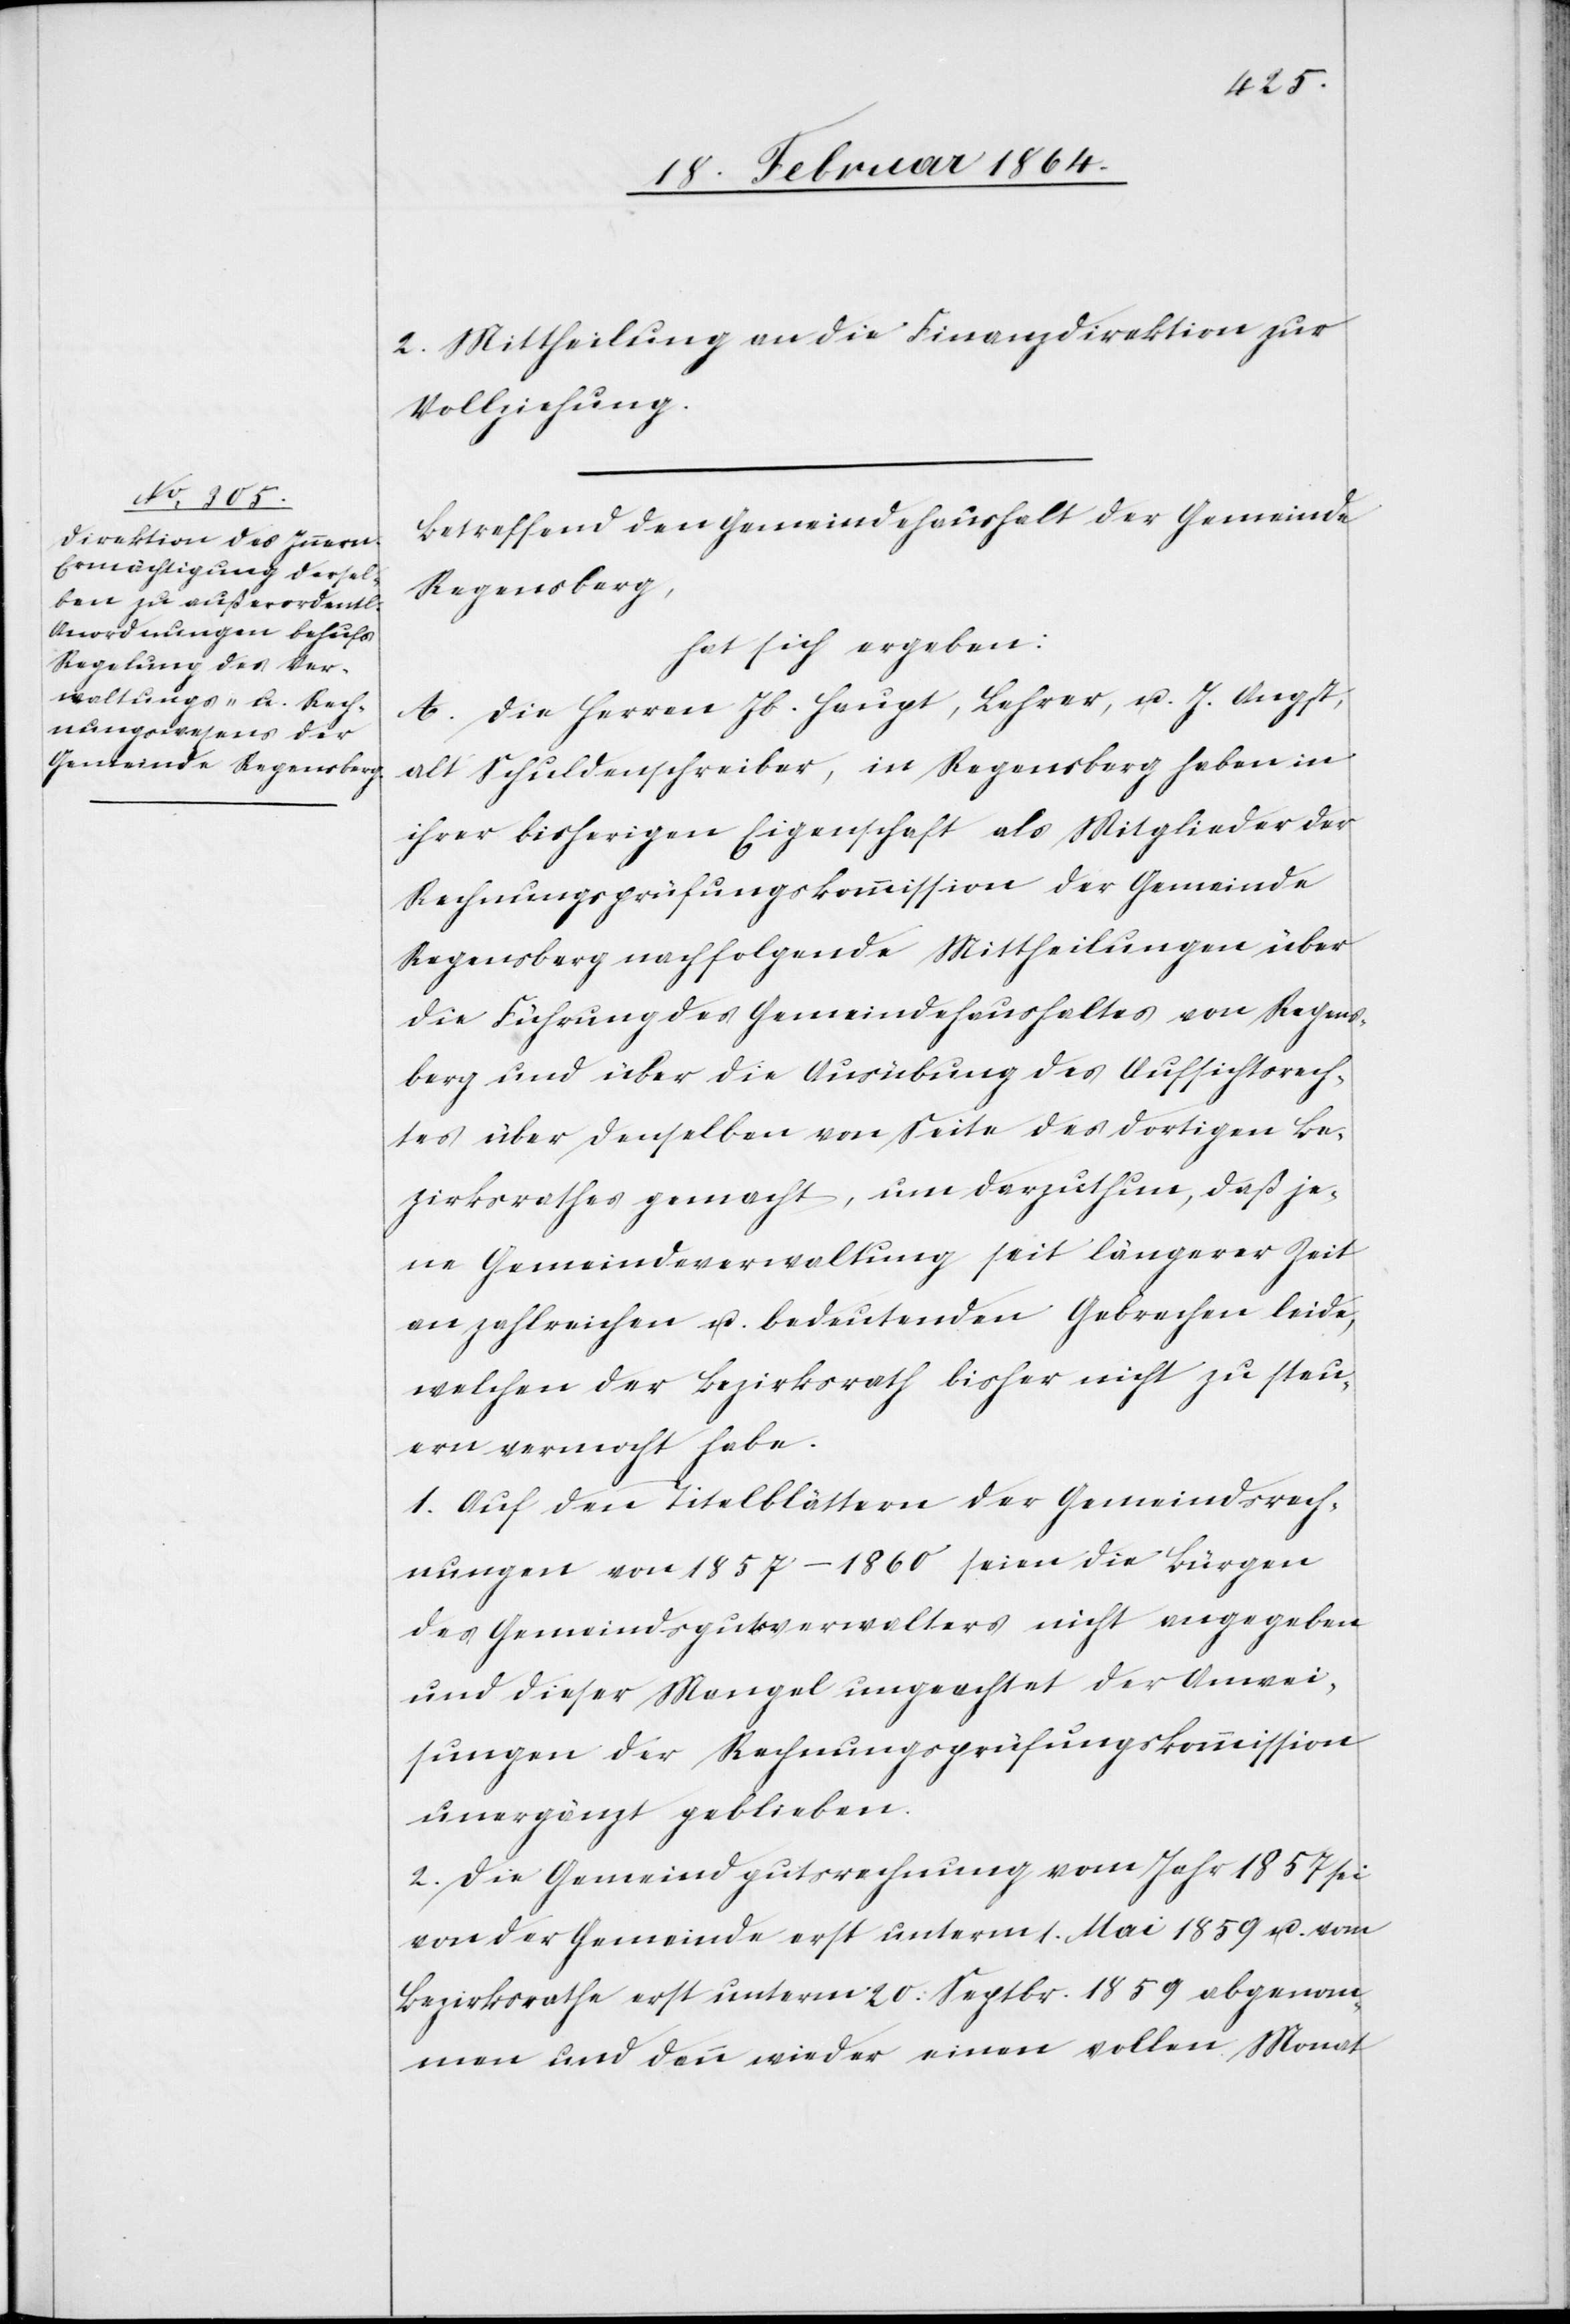
2. Mittheilung an die Finanzdirektion zur
Vollziehung.
Betreffend den Gemeindehaushalt der Gemeinde
Regensberg,
hat sich ergeben:
A. Die Herren Jb. Haupt, Lehrer, u. J. Angst,
alt Schuldenschreiber, in Regensberg haben in
ihrer bisherigen Eigenschaft als Mitglieder der
Rechnungsprüfungskommission der Gemeinde
Regensberg nachfolgende Mittheilungen über
die Führung des Gemeindehaushaltes von Regens¬
berg und über die Ausübung des Aufsichtsrech¬
tes über denselben von Seite des dortigen Be¬
zirksrathes gemacht, um darzuthun, daß je¬
ne Gemeindeverwaltung seit längerer Zeit
an zahlreichen u. bedeutenden Gebrechen leide,
welchen der Bezirksrath bisher nicht zu steu¬
ern vermocht habe.
1. Auf den Titelblättern der Gemeindsrech¬
nungen von 1857–1860 seien die Bürgen
des Gemeindsgutsverwalters nicht angegeben
und dieser Mangel ungeachtet der Anwei¬
sungen der Rechnungsprüfungskommission
unergänzt geblieben.
2. Die Gemeindgutsrechnung vom Jahr 1857 sei
von der Gemeinde erst unterm 1. Mai 1859 u. vom
Bezirksrathe erst unterm 20. Septbr. 1859 abgenom¬
men und dann wieder einen vollen Monat